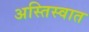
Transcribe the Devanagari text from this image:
अस्तिस्वात